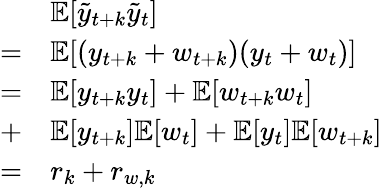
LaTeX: \begin{array}{rl}&{\mathbb{E}[\tilde{y}_{t+k}\tilde{y}_{t}]}\\ {=}&{\mathbb{E}[(y_{t+k}+w_{t+k})(y_{t}+w_{t})]}\\ {=}&{\mathbb{E}[y_{t+k}y_{t}]+\mathbb{E}[w_{t+k}w_{t}]}\\ {+}&{\mathbb{E}[y_{t+k}]\mathbb{E}[w_{t}]+\mathbb{E}[y_{t}]\mathbb{E}[w_{t+k}]}\\ {=}&{r_{k}+r_{w,k}}\end{array}